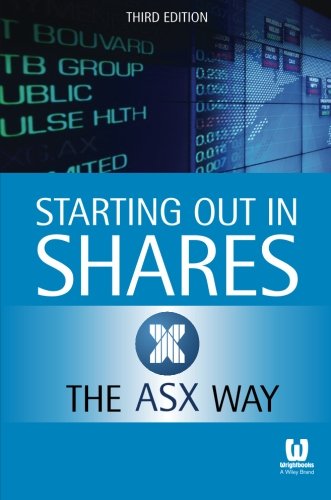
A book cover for Starting Out in Shares the ASX Way; ASX (The Australian Securities Exchange); Business & Money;